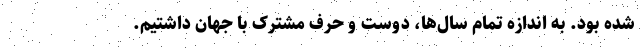
شده بود. به اندازه تمام سال‌ها، دوست و حرف مشترک با جهان داشتیم.